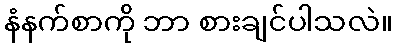
နံနက်စာကို ဘာ စားချင်ပါသလဲ။